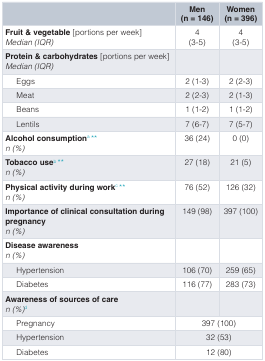
<table><thead><tr><td></td><td><b>Men(n = 146)</b></td><td><b>Women(n = 396)</b></td></tr></thead><tbody><tr><td><b>Fruit &amp; vegetable</b> [portions per week]<i>Median (IQR)</i></td><td>4(3-5)</td><td>4(3-5)</td></tr><tr><td><b>Protein &amp; carbohydrates</b> [portions per week]<i>Median (IQR)</i></td><td></td><td></td></tr><tr><td>Eggs</td><td>2 (1-3)</td><td>2 (2-3)</td></tr><tr><td>Meat</td><td>2 (2-3)</td><td>2 (1-3)</td></tr><tr><td>Beans</td><td>1 (1-2)</td><td>1 (1-2)</td></tr><tr><td>Lentils</td><td>7 (6-7)</td><td>7 (5-7)</td></tr><tr><td><b>Alcohol consumption</b><sup>a</sup>**<i>n (%)</i></td><td>36 (24)</td><td>0 (0)</td></tr><tr><td><b>Tobacco use</b><sup>b</sup>**<i>n (%)</i></td><td>27 (18)</td><td>21 (5)</td></tr><tr><td><b>Physical activity during work</b><sup>c</sup>**<i>n (%)</i></td><td>76 (52)</td><td>126 (32)</td></tr><tr><td><b>Importance of clinical consultation during</b><b>pregnancy</b><i>n (%)</i></td><td>149 (98)</td><td>397 (100)</td></tr><tr><td><b>Disease awareness</b><i>n (%)</i></td><td></td><td></td></tr><tr><td>Hypertension</td><td>106 (70)</td><td>259 (65)</td></tr><tr><td>Diabetes</td><td>116 (77)</td><td>283 (73)</td></tr><tr><td><b>Awareness of sources of care</b><i>n (%)</i><sup>d</sup></td><td></td><td></td></tr><tr><td>Pregnancy</td><td colspan="2">397 (100)</td></tr><tr><td>Hypertension</td><td colspan="2">32 (53)</td></tr><tr><td>Diabetes</td><td colspan="2">12 (80)</td></tr></tbody></table>